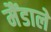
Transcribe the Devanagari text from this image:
मैंडाले